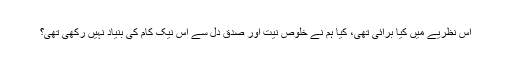
اس نظریے میں کیا برائی تھی، کیا ہم نے خلوصِ نیت اور صدقِ دل سے اِس نیک کام کی بنیاد نہیں رکھی تھی؟